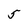
Character: 5